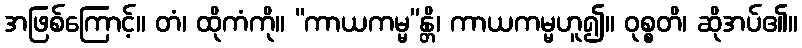
အဖြစ်ကြောင့်။ တံ၊ ထိုကံကို။ “ကာယကမ္မ”န္တိ၊ ကာယကမ္မဟူ၍။ ဝုစ္စတိ၊ ဆိုအပ်၏။